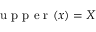
\mathrm { ~ u ~ p ~ p ~ e ~ r ~ } ( x ) = X